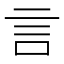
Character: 言